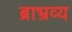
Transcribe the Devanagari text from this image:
ब्राभ्रव्य